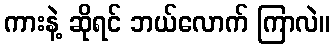
ကားနဲ့ ဆိုရင် ဘယ်လောက် ကြာလဲ။